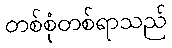
တစ်စုံတစ်ရာသည်